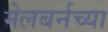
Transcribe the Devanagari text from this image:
मेलबर्नच्या